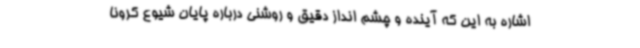
اشاره به این که آینده و چشم انداز دقیق و روشنی درباره پایان شیوع کرونا